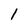
Character: 1